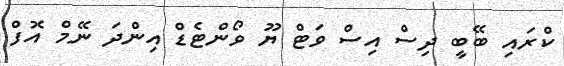
ކްރައި ބޭބީ ދިސް އިސް ވަޓް ޔޫ ވޯންޓެޑް އިންދަ ނޭމް އޮފް